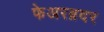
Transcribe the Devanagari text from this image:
फेअरब्रदर